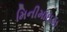
મિનીમાઇઝ